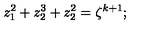
z _ { 1 } ^ { 2 } + z _ { 2 } ^ { 3 } + z _ { 2 } ^ { 2 } = \zeta ^ { k + 1 } ;